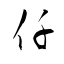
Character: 仟